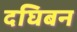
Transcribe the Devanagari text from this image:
दघिबन